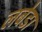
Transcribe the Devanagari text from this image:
लबेडा